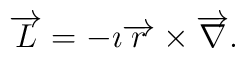
\overrightarrow{L}=-\imath \overrightarrow{r}\times  \overrightarrow{\nabla} .